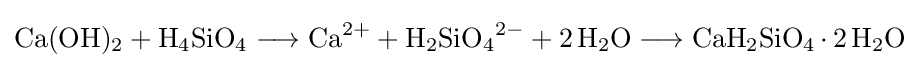
{\mathrm {Ca} (\mathrm {OH} ){\vphantom {A}}_{\smash[{t}]{2}}{}+{}\mathrm {H} {\vphantom {A}}_{\smash[{t}]{4}}\mathrm {SiO} {\vphantom {A}}_{\smash[{t}]{4}}{}\mathrel {\longrightarrow } {}\mathrm {Ca} {\vphantom {A}}^{2+}{}+{}\mathrm {H} {\vphantom {A}}_{\smash[{t}]{2}}\mathrm {SiO} {\vphantom {A}}_{\smash[{t}]{4}}{\vphantom {A}}^{2-}{}+{}2\,\mathrm {H} {\vphantom {A}}_{\smash[{t}]{2}}\mathrm {O} {}\mathrel {\longrightarrow } {}\mathrm {CaH} {\vphantom {A}}_{\smash[{t}]{2}}\mathrm {SiO} {\vphantom {A}}_{\smash[{t}]{4}}\,{\cdot }\,2\,\mathrm {H} {\vphantom {A}}_{\smash[{t}]{2}}\mathrm {O} }